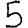
Digit: 5